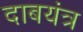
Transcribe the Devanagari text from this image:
दाबयंत्र